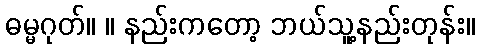
ဓမ္မဂုတ်။ ။ နည်းကတော့ ဘယ်သူ့နည်းတုန်း။